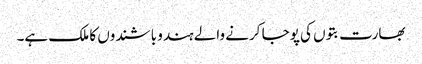
بھارت بتوں کی پوجا کرنے والے ہندو باشندوں کا ملک ہے۔